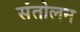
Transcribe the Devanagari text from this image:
संतोलन